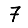
Digit: 7